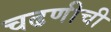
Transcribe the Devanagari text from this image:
चढणीची